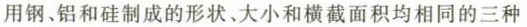
用钢、铝和硅制成的形状。大小和横截面积均相同的三种